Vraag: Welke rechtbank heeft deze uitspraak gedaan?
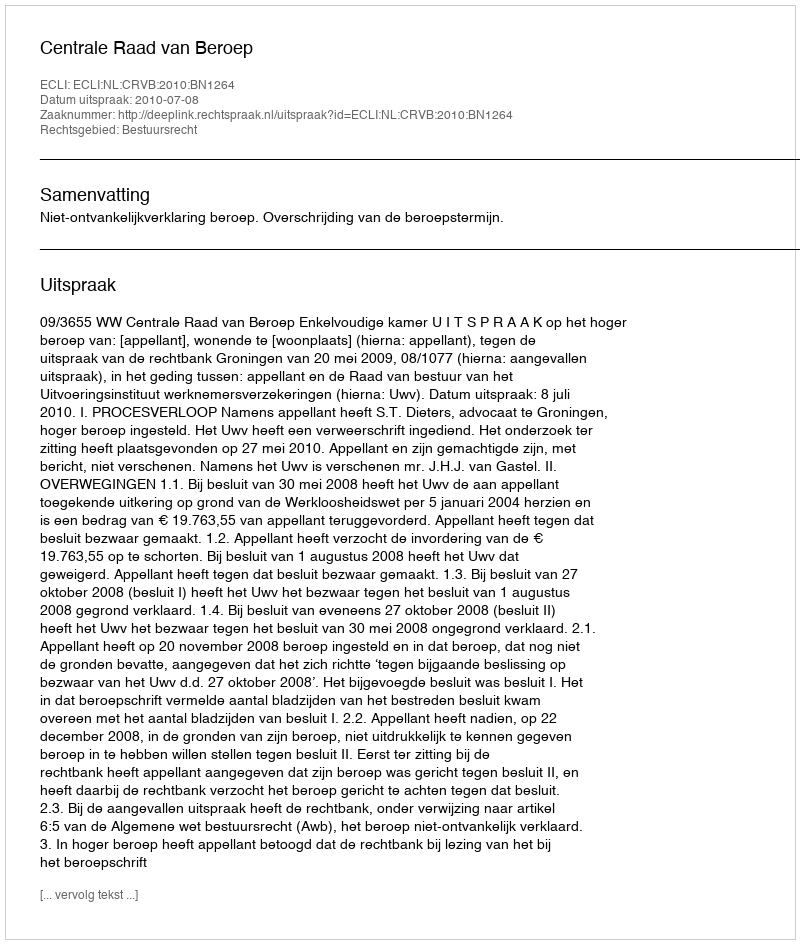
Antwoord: Centrale Raad van Beroep